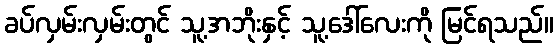
ခပ်လှမ်းလှမ်းတွင် သူ့အဘိုးနှင့် သူ့ဒေါ်လေးကို မြင်ရသည်။